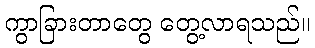
ကွာခြားတာတွေ တွေ့လာရသည်။